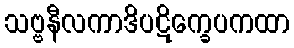
သဗ္ဗနီလကာဒိပဋိက္ခေပကထာ